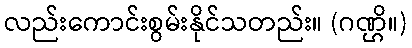
လည်းကောင်းစွမ်းနိုင်သတည်း။ (ဂဏ္ဌိ။)